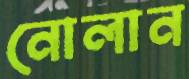
নোলান